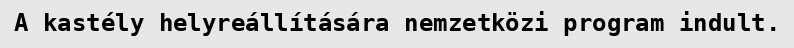
A kastély helyreállítására nemzetközi program indult.